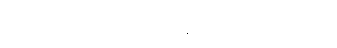
နာရီအတန်ကြာတော့မှ ဆရာဝန်ကြီး ပြန်ထွက်လာသည်။